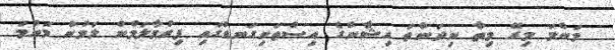
މަންމަ މިރޭ މިތާ ނިދަންތަ އިޝާންގެ އިސްތަށިގަނޑުގައި ފިރުމާލަމުން ލަމުން މަންމަ